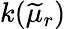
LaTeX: k(\widetilde{\mu}_{r})